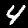
Digit: 4